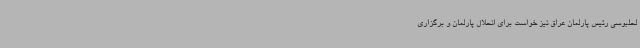
لحلبوسی رئیس پارلمان عراق نیز خواست برای انحلال پارلمان و برگزاری